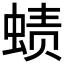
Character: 𰳁